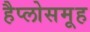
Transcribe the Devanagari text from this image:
हैप्लोसमूह